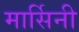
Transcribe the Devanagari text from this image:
मार्सिनी